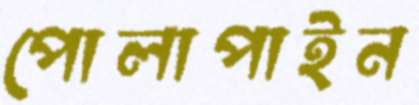
পোলাপাইন